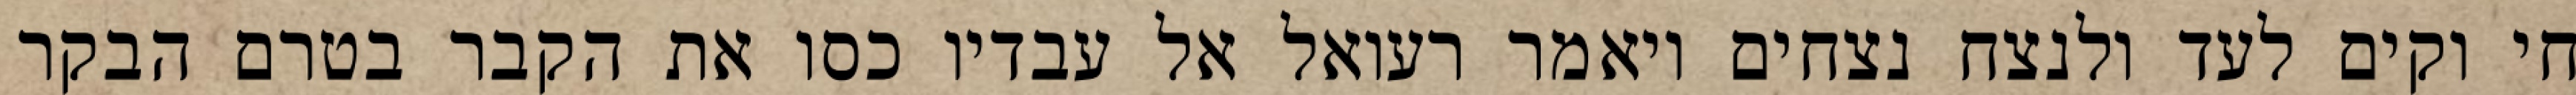
חי וקים לעד ולנצח נצחים ויאמר רעואל אל עבדיו כסו את הקבר בטרם הבקר